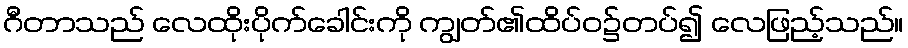
ဂီတာသည် လေထိုးပိုက်ခေါင်းကို ကျွတ်၏ထိပ်ဝ၌တပ်၍ လေဖြည့်သည်။